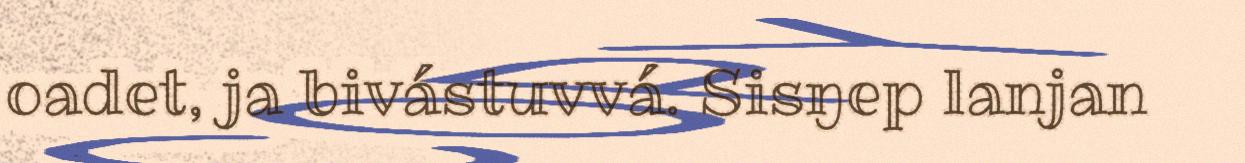
oadet, ja bivástuvvá. Sisŋep lanjan